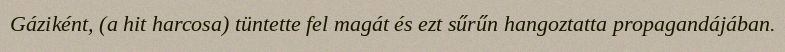
Gáziként, (a hit harcosa) tüntette fel magát és ezt sűrűn hangoztatta propagandájában.